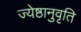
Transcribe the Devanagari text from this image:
ज्येष्ठानुवृति